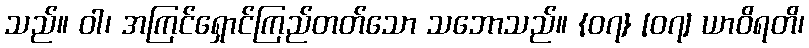
သည်။ ဝါ၊ အကြင်ရှောင်ကြည်တတ်သော သဘောသည်။ {၀၇} [၀၇] ယာဝိရတိ၊